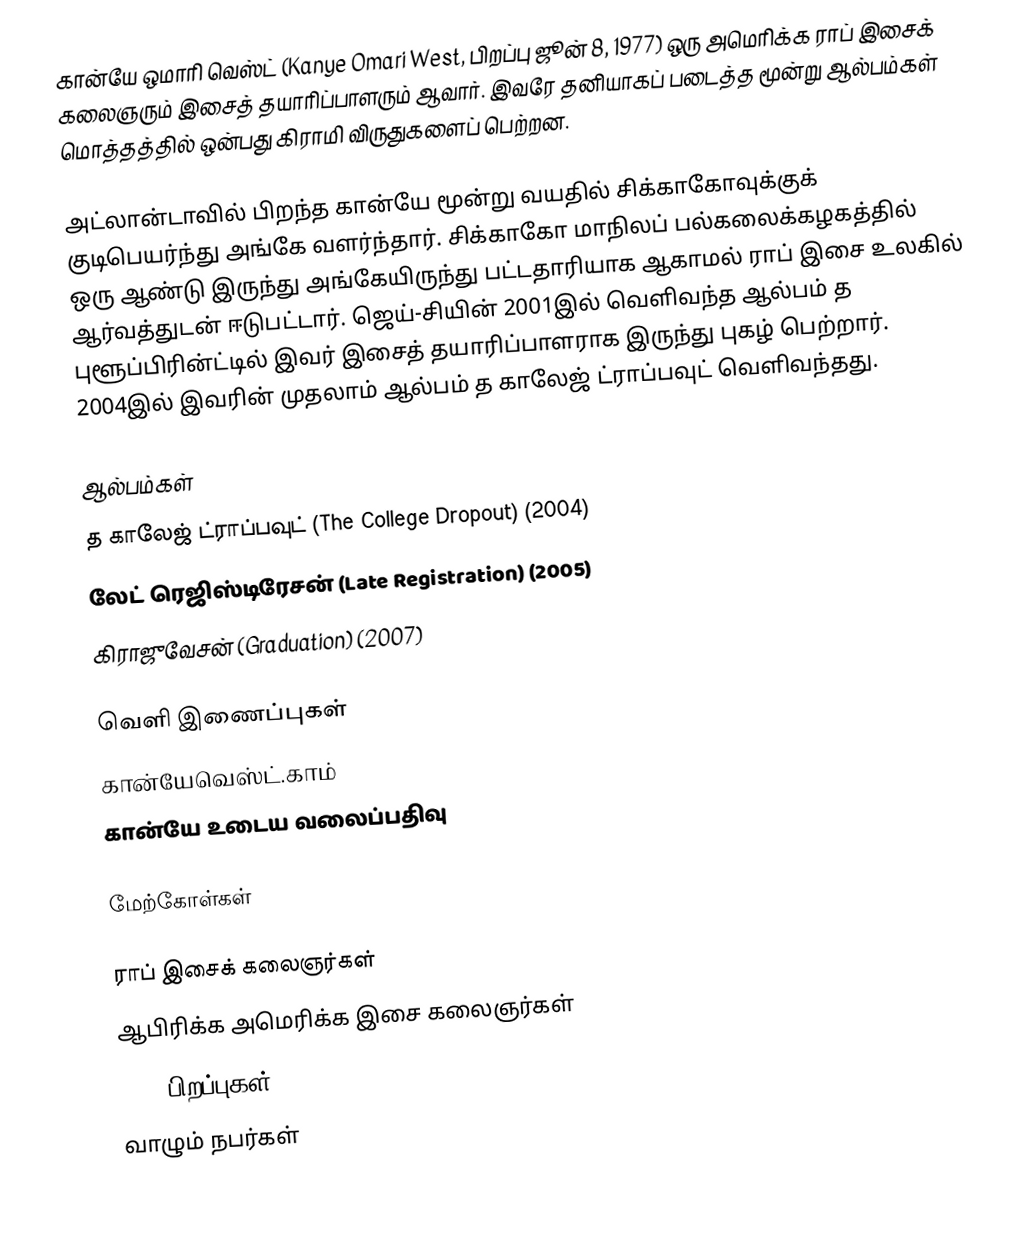
கான்யே ஒமாரி வெஸ்ட் (Kanye Omari West, பிறப்பு ஜூன் 8, 1977) ஒரு அமெரிக்க ராப் இசைக் கலைஞரும் இசைத் தயாரிப்பாளரும் ஆவார். இவரே தனியாகப் படைத்த மூன்று ஆல்பம்கள் மொத்தத்தில் ஒன்பது கிராமி விருதுகளைப் பெற்றன.

அட்லான்டாவில் பிறந்த கான்யே மூன்று வயதில் சிக்காகோவுக்குக் குடிபெயர்ந்து அங்கே வளர்ந்தார். சிக்காகோ மாநிலப் பல்கலைக்கழகத்தில் ஒரு ஆண்டு இருந்து அங்கேயிருந்து பட்டதாரியாக ஆகாமல்  ராப் இசை உலகில் ஆர்வத்துடன் ஈடுபட்டார். ஜெய்-சியின் 2001இல் வெளிவந்த ஆல்பம் த புளூப்பிரின்ட்டில் இவர் இசைத் தயாரிப்பாளராக இருந்து புகழ் பெற்றார். 2004இல் இவரின் முதலாம் ஆல்பம் த காலேஜ் ட்ராப்பவுட் வெளிவந்தது.

ஆல்பம்கள்
 த காலேஜ் ட்ராப்பவுட் (The College Dropout) (2004)
 லேட் ரெஜிஸ்டிரேசன் (Late Registration) (2005)
 கிராஜுவேசன் (Graduation) (2007)

வெளி இணைப்புகள்
 கான்யேவெஸ்ட்.காம்
 கான்யே உடைய வலைப்பதிவு

மேற்கோள்கள்

ராப் இசைக் கலைஞர்கள்
ஆபிரிக்க அமெரிக்க இசை கலைஞர்கள்
1977 பிறப்புகள்
வாழும் நபர்கள்